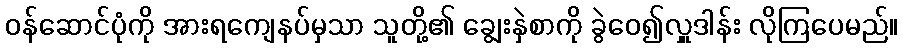
ဝန်ဆောင်ပုံကို အားရကျေနပ်မှသာ သူတို့၏ ချွေးနှဲစာကို ခွဲဝေ၍လှူဒါန်း လိုကြပေမည်။